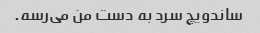
ساندویچ سرد به دست من می‌رسه.